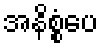
အနိစ္စံပေ